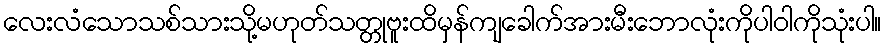
လေးလံသောသစ်သားသို့မဟုတ်သတ္တုဗူးထိမှန်ကျခေါက်အားမီးဘောလုံးကိုပါဝါကိုသုံးပါ။